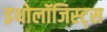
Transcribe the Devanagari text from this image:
इथोलॉजिस्ट्स